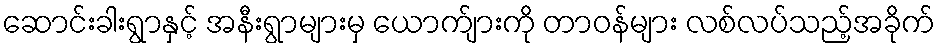
ဆောင်းခါးရွာနှင့် အနီးရွာများမှ ယောက်ျားကို တာဝန်များ လစ်လပ်သည့်အခိုက်